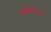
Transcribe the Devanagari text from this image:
न्यायाधिकरण।